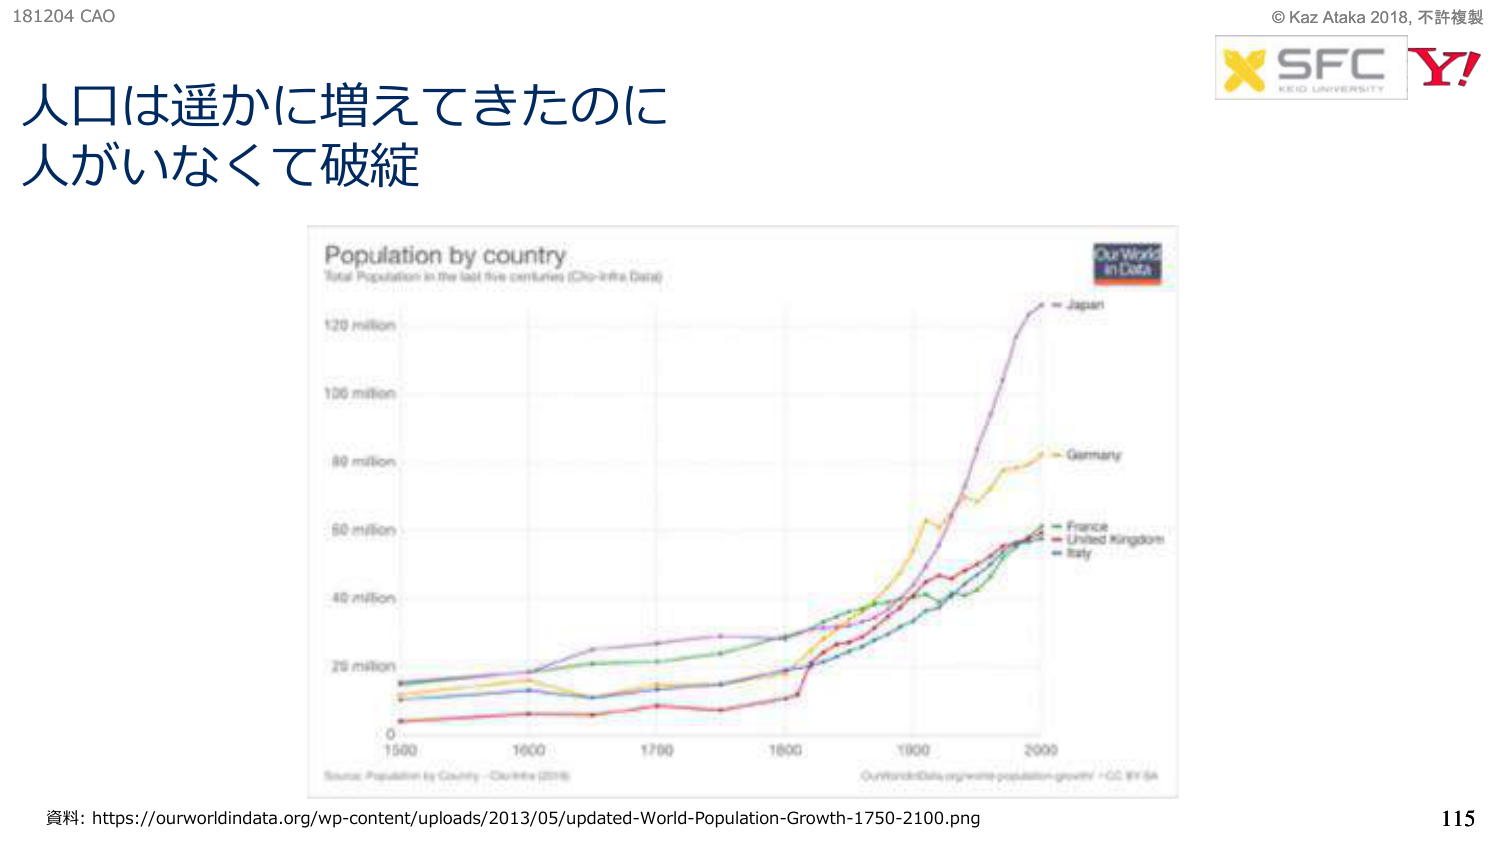
181204 CAO
人口は遥かに増えてきたのに
人がいなくて破綻

Population by country
Total Population in the last five centuries (Our World in Data)

120 million
100 million
80 million
60 million
40 million
20 million
0
1500  1600  1700  1800  1900  2000

Japan
Germany
France
United Kingdom
Italy

Source: Population by Country - Our World in Data (2016)
OurWorldInData.org/world-population-growth - CC BY SA

© Kaz Ataka 2018, 不許複製
SFC
KEIO UNIVERSITY
Y!

資料: https://ourworldindata.org/wp-content/uploads/2013/05/updated-World-Population-Growth-1750-2100.png
115